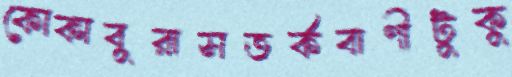
কোকাবুরাসতর্কবাণীটুকু